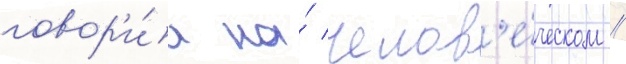
говор'и́л на́ челов'е́ческом //